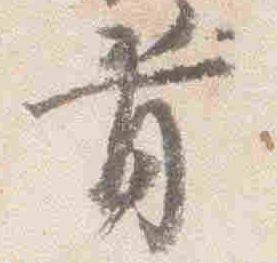
首